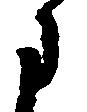
に